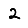
Digit: 2